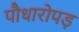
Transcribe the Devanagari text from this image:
पौधारोपड़